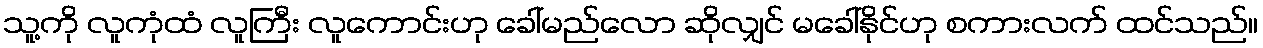
သူ့ကို လူကုံထံ လူကြီး လူကောင်းဟု ခေါ်မည်လော ဆိုလျှင် မခေါ်နိုင်ဟု စကားလက် ထင်သည်။